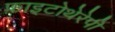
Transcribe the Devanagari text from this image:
फ़ाइटोथेरेपी